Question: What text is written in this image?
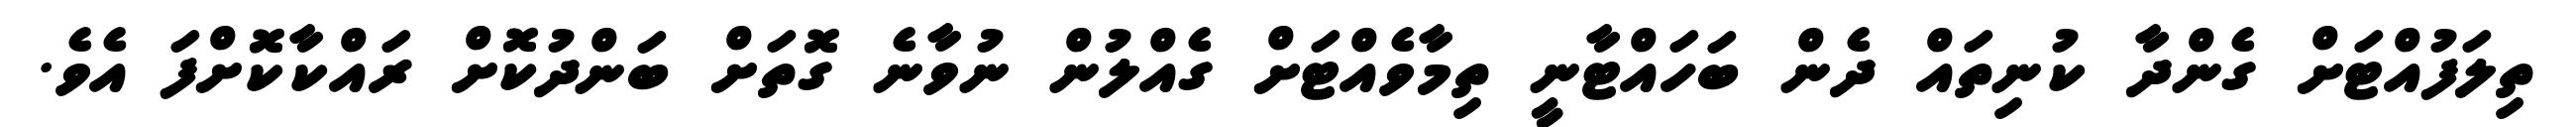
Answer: ތިލަފުއްޓަށް ގެންދާ ކުނިތައް ދެން ބަހައްޓާނީ ތިމާވެއްޓަށް ގެއްލުން ނުވާނެ ގޮތަށް ބަންދުކޮށް ރައްކާކޮށްފަ އެވެ.